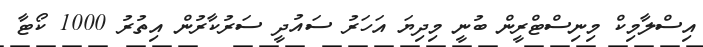
އިސްލާމިކް މިނިސްޓްރީން ބުނީ މިދިޔަ އަހަރު ސައުދީ ސަރުކާރުން އިތުރު 1000 ކޯޓާ